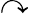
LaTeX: \curvearrowright